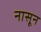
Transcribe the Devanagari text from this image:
नासून